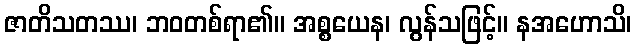
ဇာတိသတဿ၊ ဘဝတစ်ရာ၏။ အစ္စယေန၊ လွန်သဖြင့်။ နအဟောသိ၊